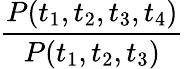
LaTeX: \frac{P(t_{1},t_{2},t_{3},t_{4})}{P(t_{1},t_{2},t_{3})}